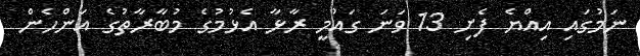
ނަމުގައި އިއްޔެ ފެށި 13 ވަނަ ގައުމީ ރާޅާ އެޅުމުގެ މުބާރާތުގެ އަންހެން